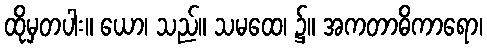
ထိုမှတပါး။ ယော၊ သည်။ သမထေ၊ ၌။ အကတာဓိကာရော၊